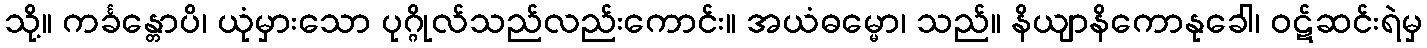
သို့။ ကင်္ခန္တောပိ၊ ယုံမှားသော ပုဂ္ဂိုလ်သည်လည်းကောင်း။ အယံဓမ္မော၊ သည်။ နိယျာနိကောနုခေါ၊ ဝဋ်ဆင်းရဲမှ